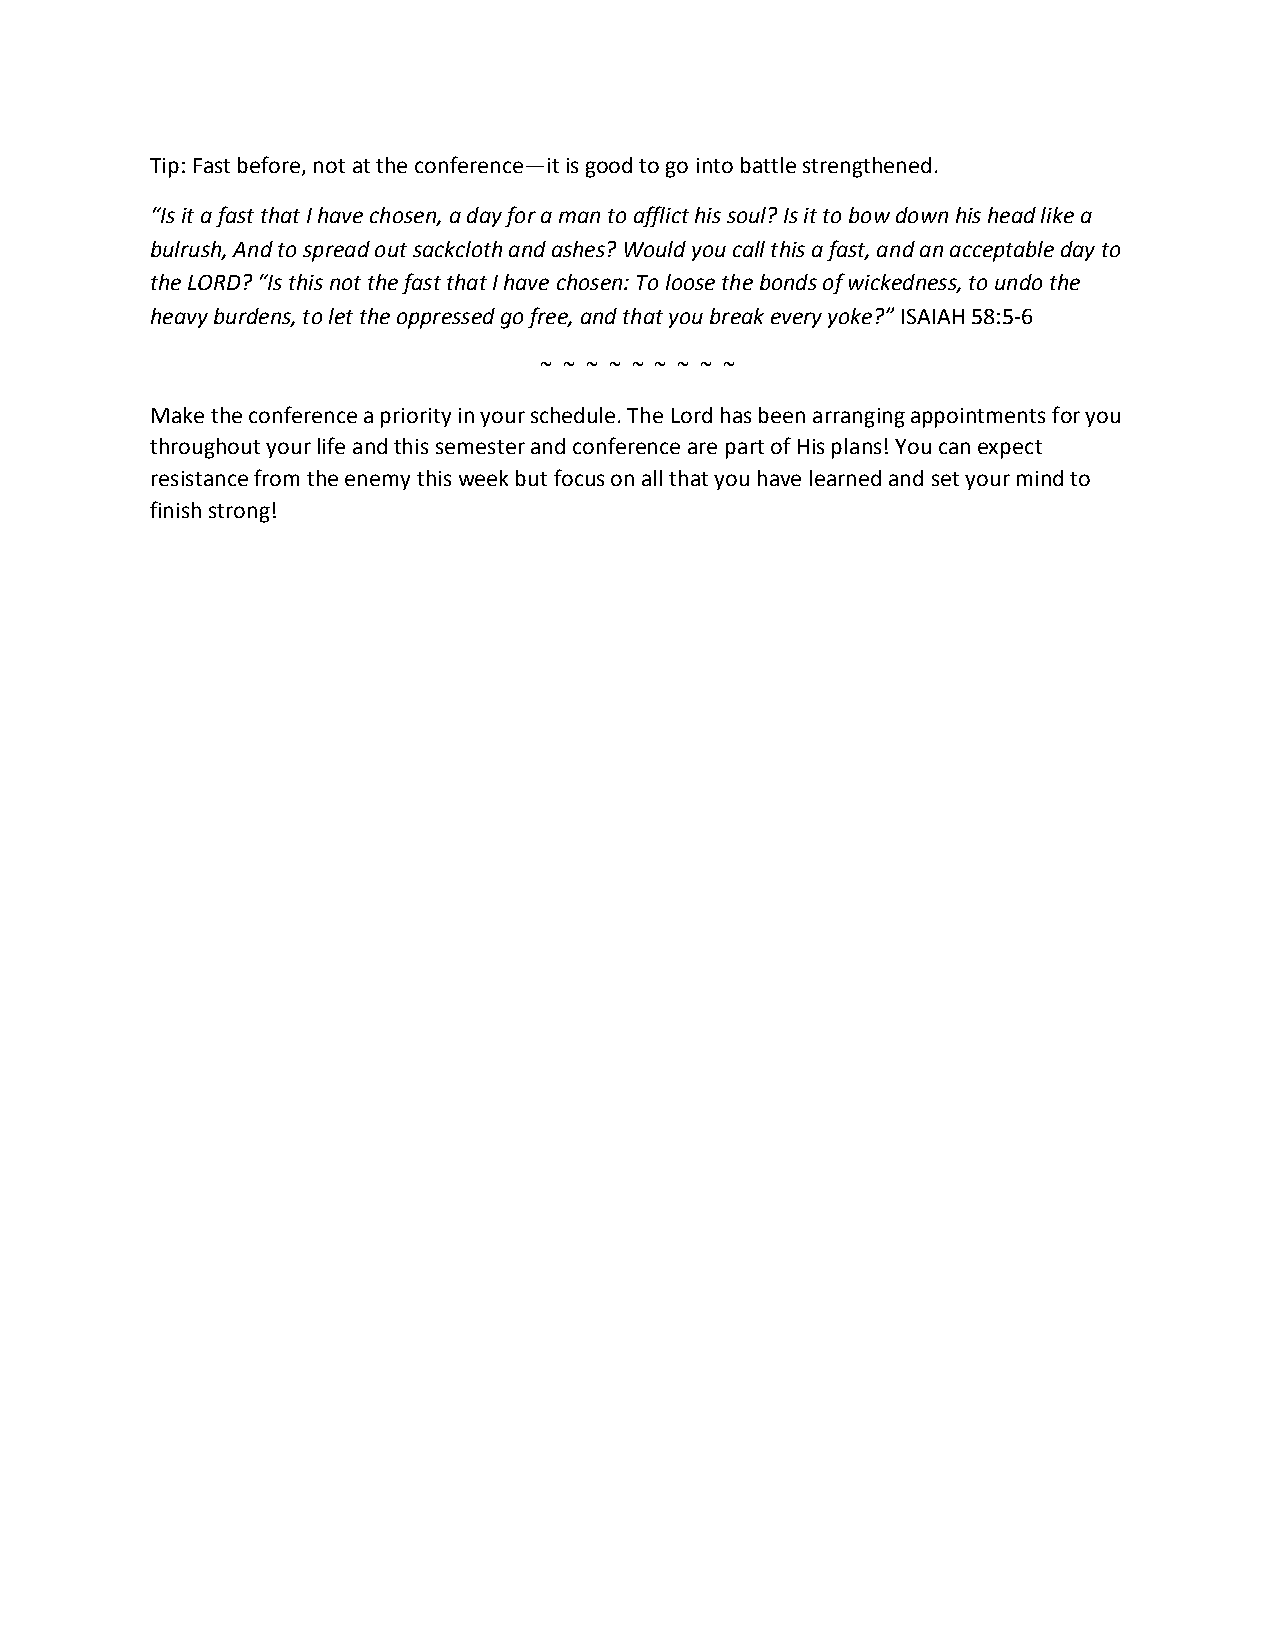
Tip: Fast before, not at the conference—it is good to go into battle strengthened.
 “Is it a fast that I have chosen, a day for a man to afflict his soul? Is it to bow down his head like a
 bulrush, And to spread out sackcloth and ashes? Would you call this a fast, and an acceptable day to
 the LORD? “Is this not the fast that I have chosen: To loose the bonds of wickedness, to undo the
 heavy burdens, to let the oppressed go free, and that you break every yoke?” ISAIAH 58:5-6
 ~ ~ ~ ~ ~ ~ ~ ~ ~
 Make the conference a priority in your schedule. The Lord has been arranging appointments for you
 throughout your life and this semester and conference are part of His plans! You can expect
 resistance from the enemy this week but focus on all that you have learned and set your mind to
 finish strong!